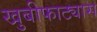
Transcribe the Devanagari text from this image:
खुबीफाट्यास